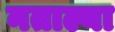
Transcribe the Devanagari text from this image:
नताल्या